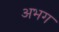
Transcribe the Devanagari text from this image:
अभग